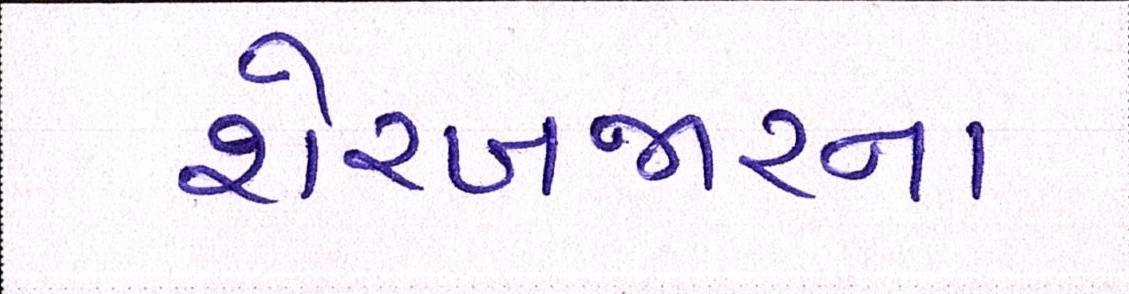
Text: શેરબજારના